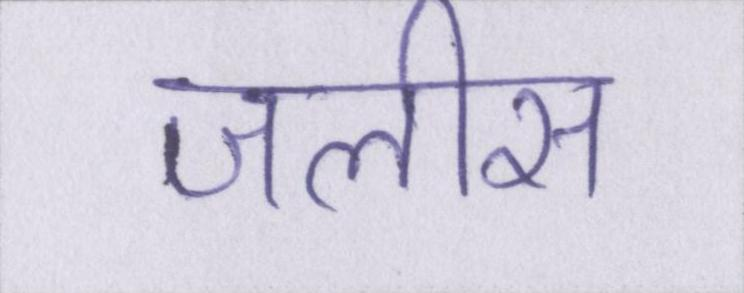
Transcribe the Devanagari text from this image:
जलीस